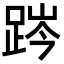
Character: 𨁊